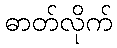
ဓာတ်လိုက်